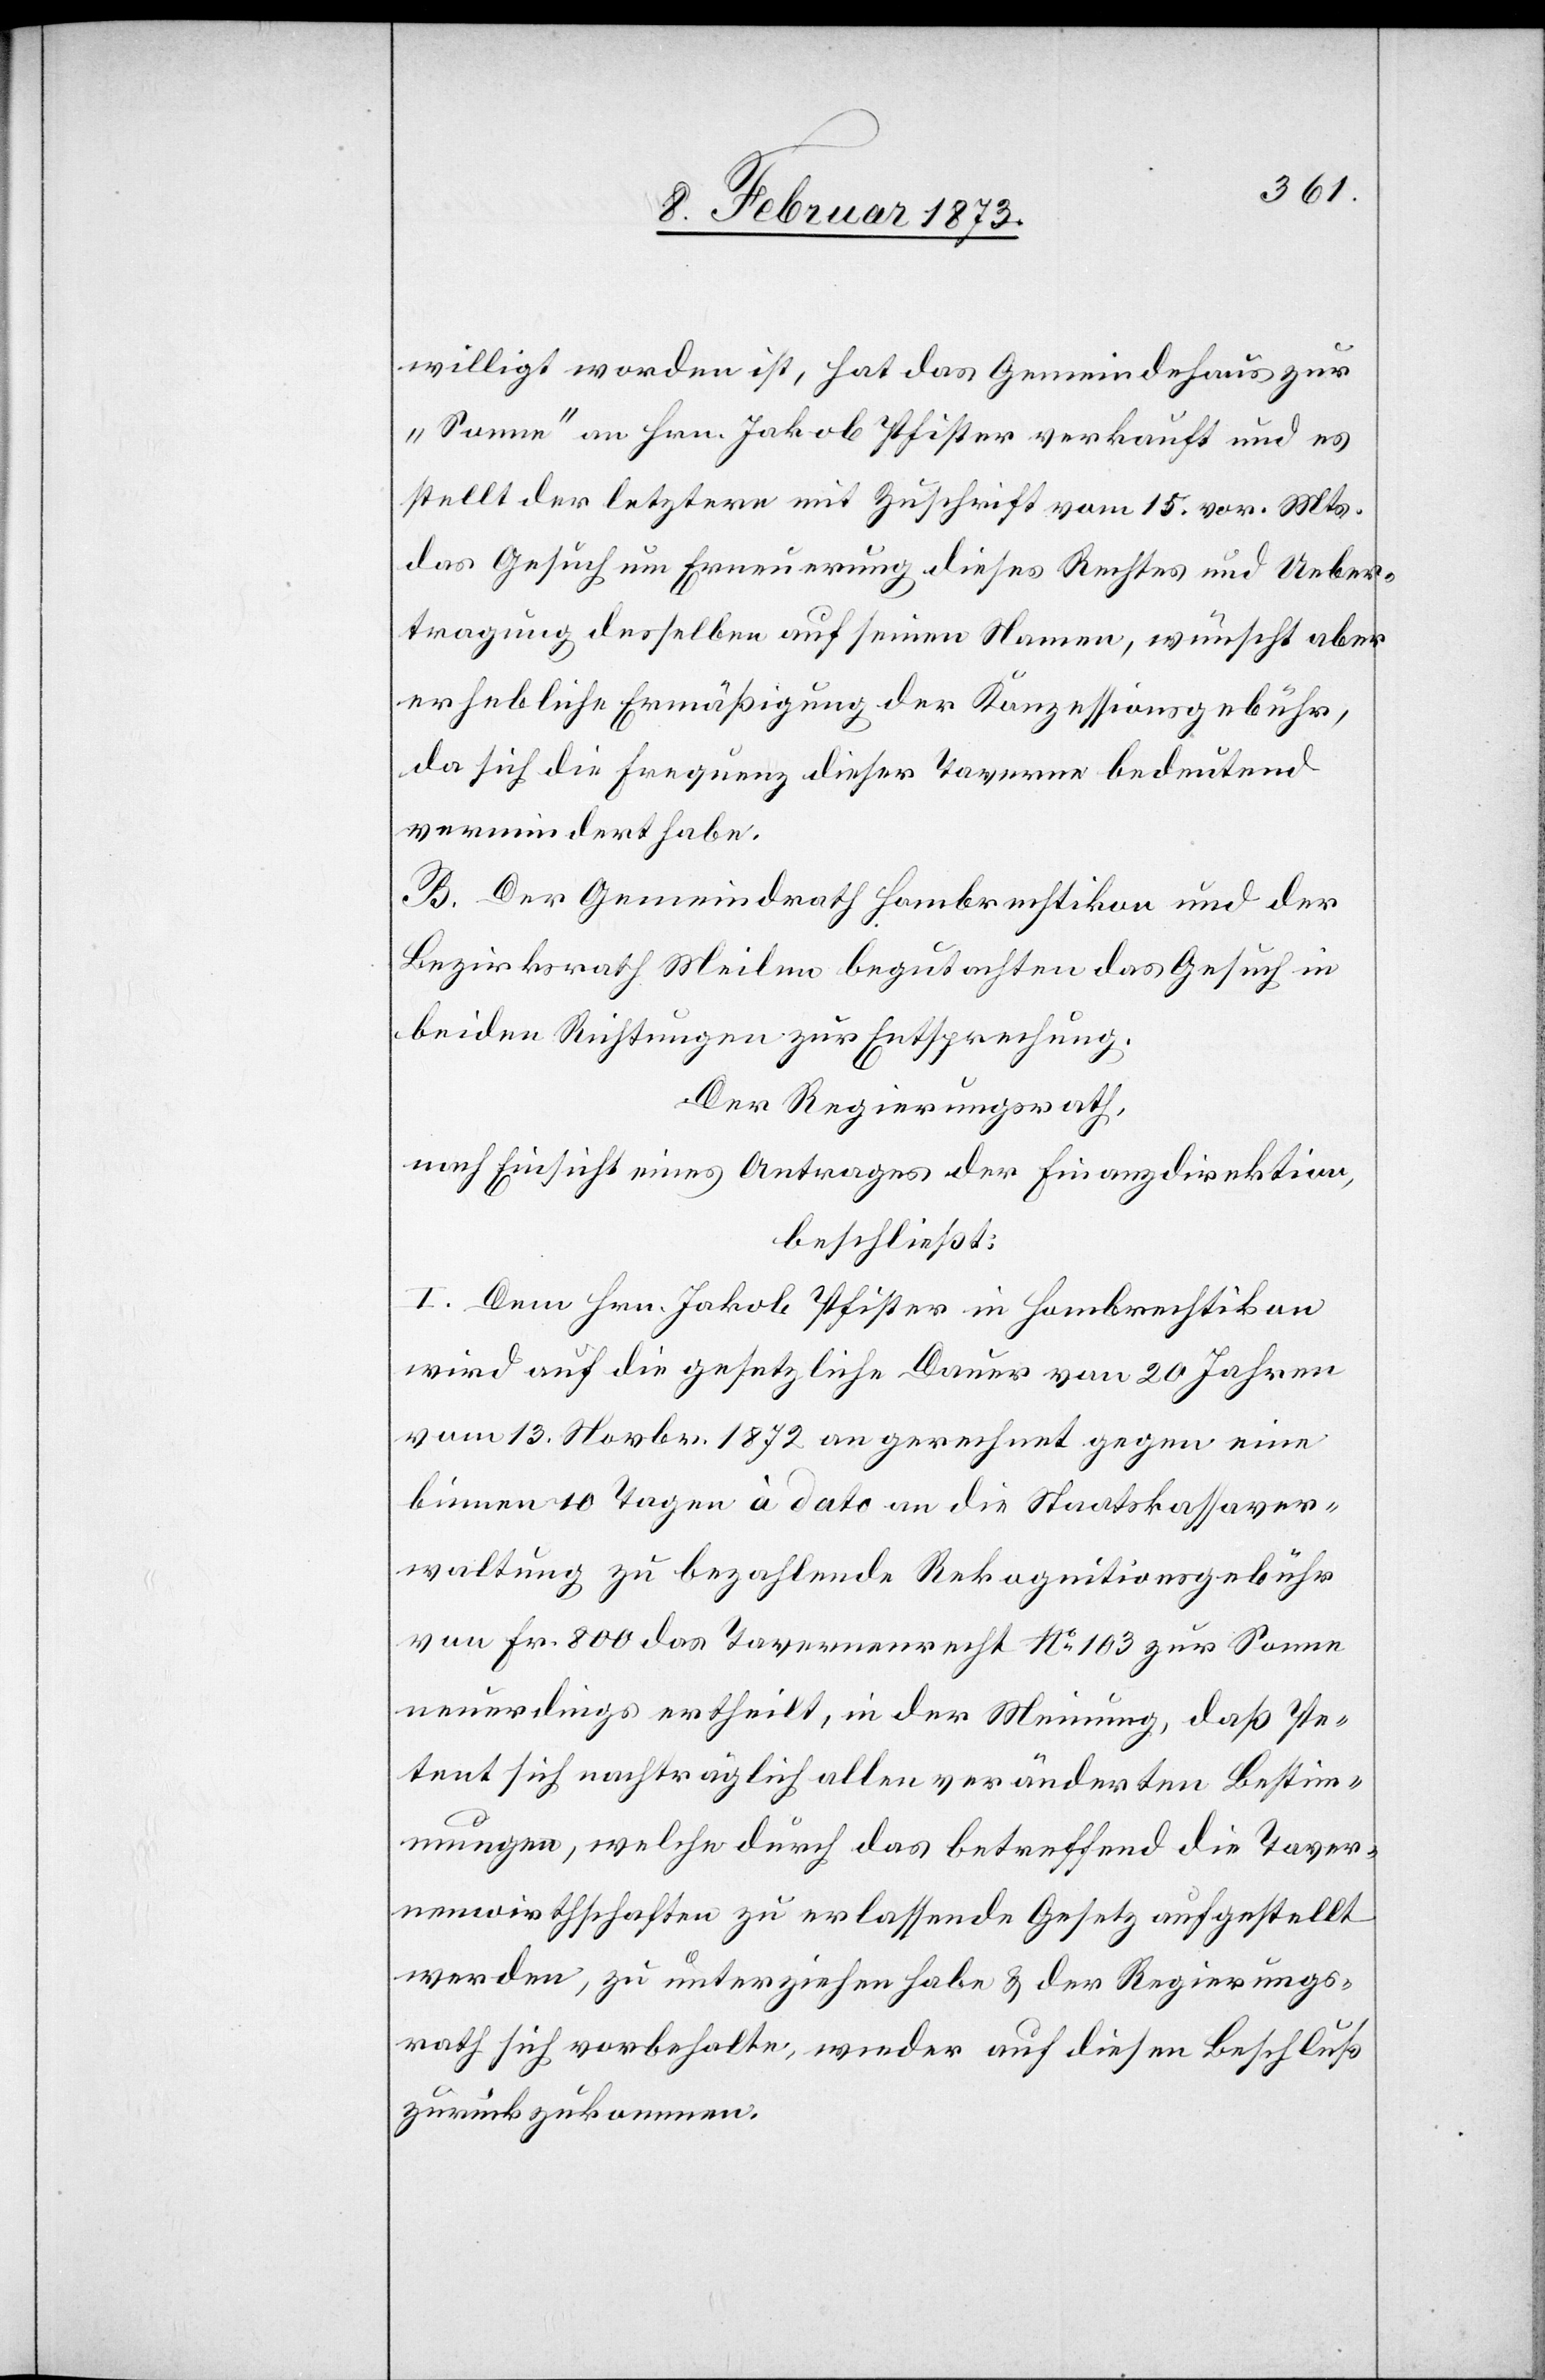
willigt worden ist, hat das Gemeindehaus zur
„Sonne“ an Hrn. Jakob Pfister verkauft und es
stellt der letztere mit Zuschrift vom 15. vor. Mts.
das Gesuch um Erneuerung dieses Rechtes und Ueber¬
tragung desselben auf seinen Namen, wünscht aber
erhebliche Ermäßigung der Konzessionsgebühr,
da sich die Frequenz dieser Taverne bedeutend
vermindert habe.
B. Der Gemeindrath Hombrechtikon und der
Bezirksrath Meilen begutachten das Gesuch in
beiden Richtungen zur Entsprechung.
Der Regierungsrath,
nach Einsicht eines Antrages der Finanzdirektion,
beschließt:
I. Dem Hrn. Jakob Pfister in Hombrechtikon
wird auf die gesetzliche Dauer von 20 Jahren
vom 13. Novbr. 1872 an gerechnet gegen eine
binnen 10 Tagen à dato an die Staatskassaver¬
waltung zu bezahlende Rekognitionsgebühr
von Fr. 800 das Tavernenrecht No. 103 zur Sonne
neuerdings ertheilt, in der Meinung, daß Pe¬
tent sich nachträglich allen veränderten Bestim¬
mungen, welche durch das betreffend die Taver¬
nenwirthschaften zu erlassende Gesetz aufgestellt
werden, zu unterziehen habe u. der Regierungs¬
rath sich vorbehalte, wieder auf diesen Beschluß
zurückzukommen.